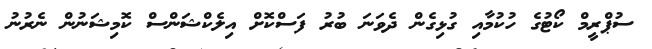
ސުޕްރީމް ކޯޓުގެ ހުކުމާއި ގުޅިގެން ދެވަނަ ބުރު ފަސްކޮށް އިލެކްޝަންސް ކޮމިޝަނުން ނެރުނު